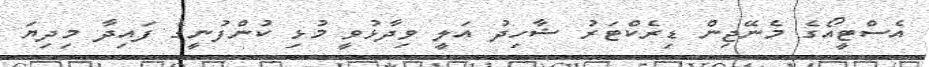
އެސްޓީއޯގެ މެނޭޖިން ޑިރެކްޓަރު ޝާހިދު އަލީ ވިދާޅުވީ މުޅި ކުންފުނީގެ ފައިދާ މިދިޔަ